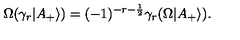
\Omega ( \gamma _ { r } | A _ { + } \rangle ) = ( - 1 ) ^ { - r - \frac { 1 } { 2 } } \gamma _ { r } ( \Omega | A _ { + } \rangle ) .